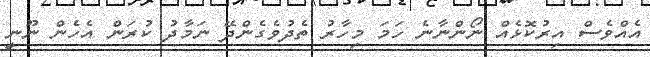
އެއްވެސް އިރުކޮޅެއް ނޯންނާނެ ހަމަ މިހާރު ތެދުވެގެންދޭ ނަމާދު ކުރަން އެހެން ނޫނީ